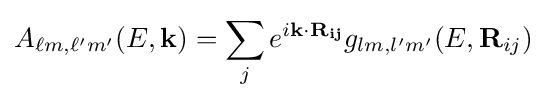
A_{\ell m,\ell 'm'}(E,{\bf {k}})=\sum \limits _{j}{e^{i{\bf {{k}\cdot {\bf {{R}_{ij}}}}}}}g_{lm,l'm'}(E,{\bf {R}}_{ij})